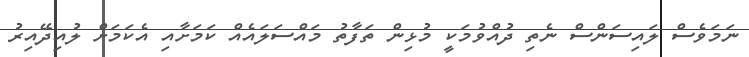
ނަމަވެސް ލައިސަންސް ނެތި ދުއްވުމަކީ މުޅިން ތަފާތު މައްސަލައެއް ކަަމަށާއި އެކަމަށް ލުއިދޭއިރު